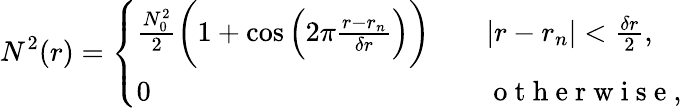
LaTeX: N^{2}(r)=\left\{ \begin{array}{ll}{\frac{N_{0}^{2}}{2}\bigg(1+\cos\Big(2\pi\frac{r-r_{n}}{\delta r}\Big)\bigg)\quad}&{|r-r_{n}|<\frac{\delta r}{2},}\\ {0\quad}&{\mathrm{~o~t~h~e~r~w~i~s~e~},}\end{array}\right.